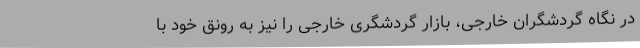
در نگاه گردشگران خارجی، بازار گردشگری خارجی را نیز به رونق خود با